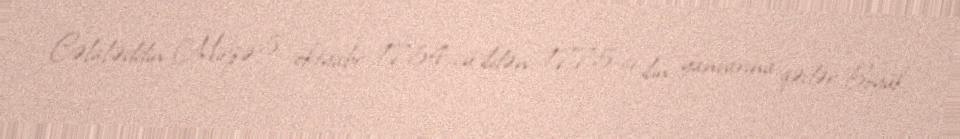
Cəlaləddin Mirzə 5 oktyabr 1754-cü ildən 1775-ci ilin yanvarına qədər Böyük